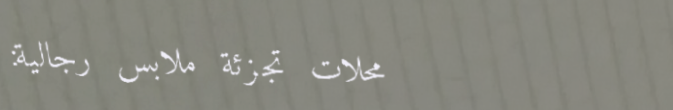
محلات تجزئة ملابس رجالية: